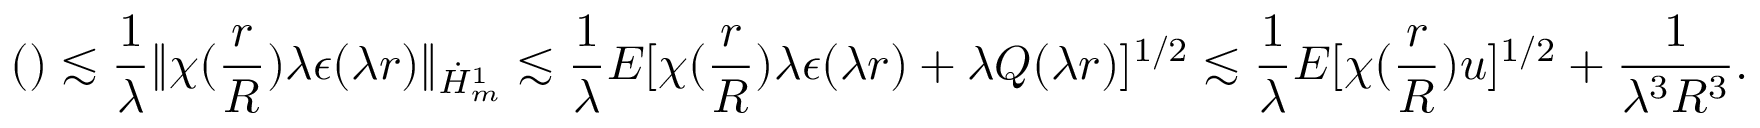
( ) \lesssim \frac { 1 } { \lambda } \| \chi ( \frac { r } { R } ) \lambda \epsilon ( \lambda r ) \| _ { \dot { H } _ { m } ^ { 1 } } \lesssim \frac { 1 } { \lambda } E [ \chi ( \frac { r } { R } ) \lambda \epsilon ( \lambda r ) + \lambda Q ( \lambda r ) ] ^ { 1 / 2 } \lesssim \frac { 1 } { \lambda } E [ \chi ( \frac { r } { R } ) u ] ^ { 1 / 2 } + \frac { 1 } { \lambda ^ { 3 } R ^ { 3 } } .